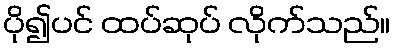
ပို၍ပင် ထပ်ဆုပ် လိုက်သည်။